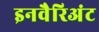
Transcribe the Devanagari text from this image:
इनवैरिअंट